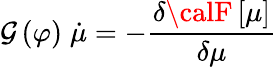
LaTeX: \mathcal{G}\left(\varphi\right)\; \dot{{\mu}}=-\frac{{\delta{\calF}\left[\mu\right]}}{{\delta\mu}}